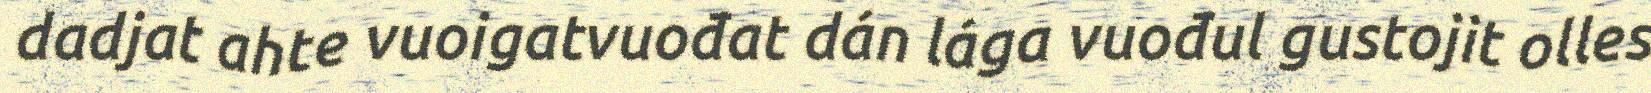
dadjat ahte vuoigatvuođat dán lága vuođul gustojit olles